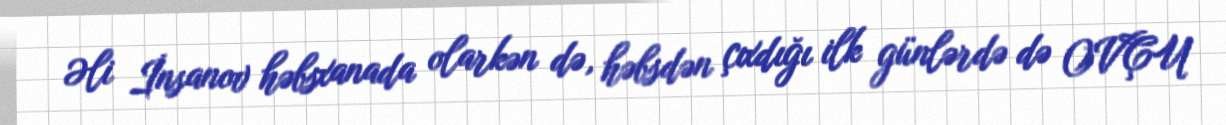
Əli İnsanov həbsxanada olarkən də, həbsdən çıxdığı ilk günlərdə də OVÇU